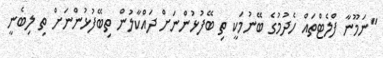
"ނަމޫނާ ފްލެޓްތައް ހެދުމުގެ ބޭނުމަކީ ތި ބޭފުޅުންނަށް ދައްކާލުން ތިބޭފުޅުންނަށް ތި ލިބެނީ